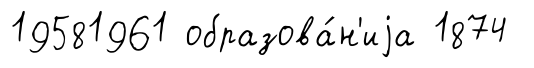
19581961 образова́н'иjа 1874